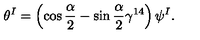
\theta ^ { I } = \left( \cos \frac { \alpha } { 2 } - \sin \frac { \alpha } { 2 } \gamma ^ { 1 4 } \right) \psi ^ { I } .